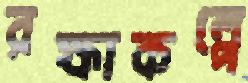
রক্ষাকল্পে